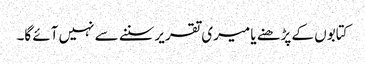
کتابوں کے پڑھنے یا میری تقریرسننے سے نہیں آئے گا۔